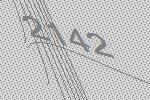
2142